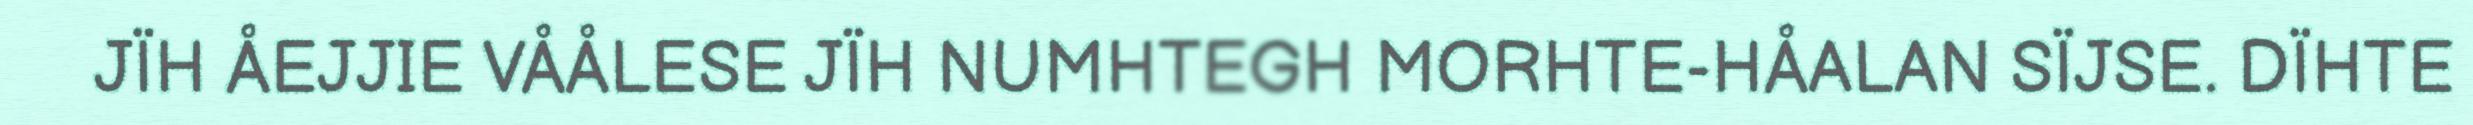
JÏH ÅEJJIE VÅÅLESE JÏH NUMHTEGH MORHTE-HÅALAN SÏJSE. DÏHTE